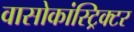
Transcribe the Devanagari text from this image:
वासोकांस्ट्रिक्टर